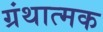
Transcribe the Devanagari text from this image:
ग्रंथात्मक